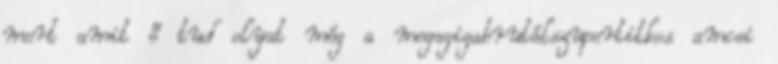
mert amit ő tud olyat még a megagigabrutálszupertitkos amcsi